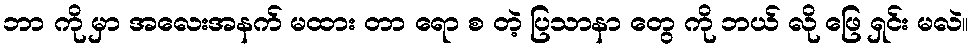
ဘာ ကို မှာ အလေးအနက် မထား တာ ရော စ တဲ့ ပြသာနာ တွေ ကို ဘယ် လို ဖြေ ရှင်း မလဲ။